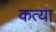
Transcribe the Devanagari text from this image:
कत्या